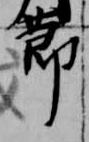
節